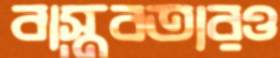
বাস্তবতারও